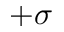
+ \sigma